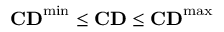
\mathbf { C D } ^ { \mathrm { { m i n } } } \leq \mathbf { C D } \leq \mathbf { C D } ^ { \mathrm { { m a x } } }